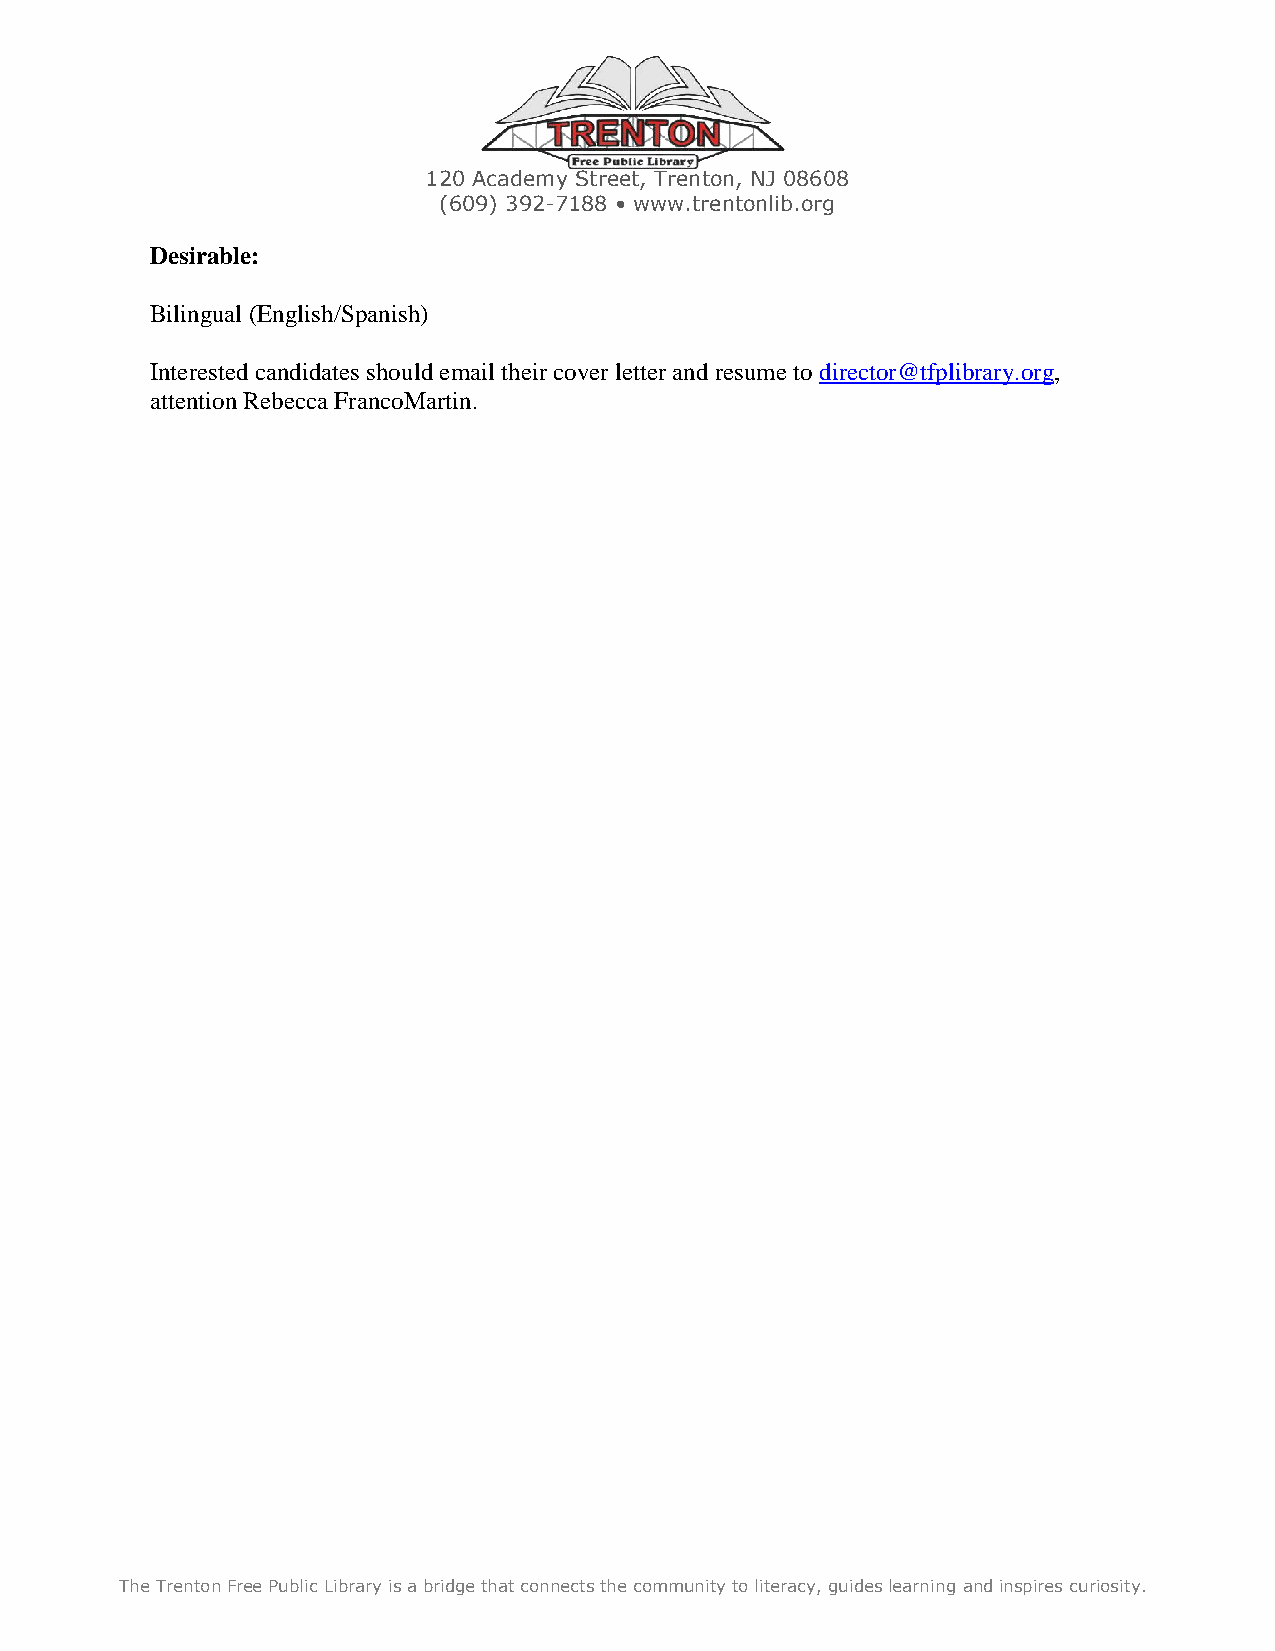
120 Academy Street, Trenton, NJ 08608
 (609) 392-7188 • www.trentonlib.org
 Desirable:
 Bilingual (English/Spanish)
 Interested candidates should email their cover letter and resume to director@tfplibrary.org,
 attention Rebecca FrancoMartin.
 The Trenton Free Public Library is a bridge that connects the community to literacy, guides learning and inspires curiosity.